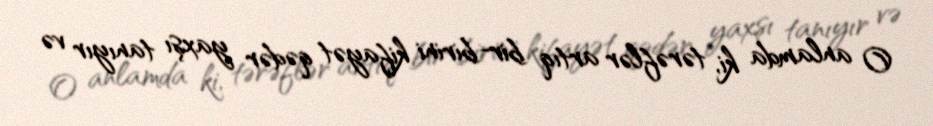
O anlamda ki, tərəflər artıq bir-birini kifayət qədər yaxşı tanıyır və